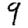
Digit: 9